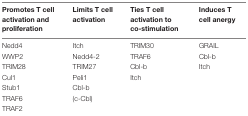
| Promotes T cell activation and proliferation | Limits T cell activation | Ties T cell activation to co-stimulation | Induces T cell anergy |
 | --- | --- | --- | --- |
 | Nedd4 | Itch | TRIM30 | GRAIL |
 | WWP2 | Nedd4-2 | TRAF6 | Cbl-b |
 | TRIM28 | TRIM27 | Cbl-b | Itch |
 | Cul1 | Peli1 | Itch |  |
 | Stub1 | Cbl-b |  |  |
 | TRAF6 | (c-Cbl) |  |  |
 | TRAF2 |  |  |  |